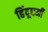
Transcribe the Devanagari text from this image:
हिंदूधर्मी